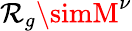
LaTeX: \mathcal{R}_{g}\simM^{\nu}